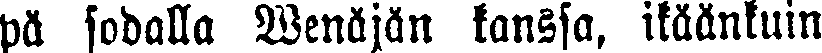
pä sodalla Wenäjän kanssa, ikäänkuin